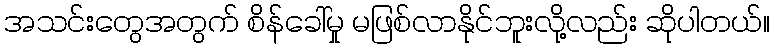
အသင်းတွေအတွက် စိန်ခေါ်မှု မဖြစ်လာနိုင်ဘူးလို့လည်း ဆိုပါတယ်။